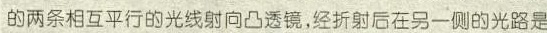
的两条相互平行的光线射向凸透镜，经折射后在另一侧的光路是